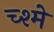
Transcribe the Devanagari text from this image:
च्श्मे